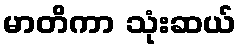
မာတိကာ သုံးဆယ်